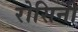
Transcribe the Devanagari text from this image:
रोसिनी